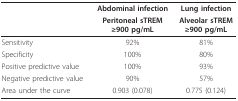
<table><thead><tr><td></td><td><b>Abdominal infection</b></td><td><b>Lung infection</b></td></tr><tr><td></td><td><b>Peritoneal sTREM ≥900 pg/mL</b></td><td><b>Alveolar sTREM ≥900 pg/mL</b></td></tr></thead><tbody><tr><td>Sensitivity</td><td>92%</td><td>81%</td></tr><tr><td>Specificity</td><td>100%</td><td>80%</td></tr><tr><td>Positive predictive value</td><td>100%</td><td>93%</td></tr><tr><td>Negative predictive value</td><td>90%</td><td>57%</td></tr><tr><td>Area under the curve</td><td>0.903 (0.078)</td><td>0.775 (0.124)</td></tr></tbody></table>